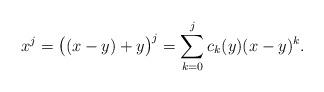
LaTeX: \begin{align*}x^j = \big((x-y) + y\big)^j = \sum_{k = 0}^j c_k(y) (x-y)^k.\end{align*}